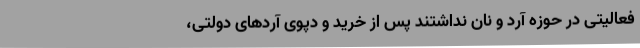
فعالیتی در حوزه آرد و نان نداشتند پس از خرید و دپوی آردهای دولتی،